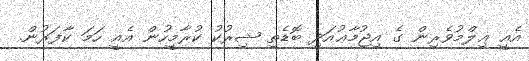
އެއީ ޢިލްމުވެރިން ގެ އިޖުމާޢުއަދި ބޮޑެތި ޝިރުކު ކުރާމީހުން އެއީ ހަމަ ކާފަރުން.